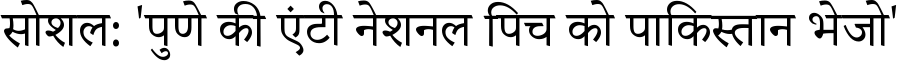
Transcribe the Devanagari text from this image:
सोशल: 'पुणे की एंटी नेशनल पिच को पाकिस्तान भेजो'